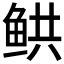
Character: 𲍎